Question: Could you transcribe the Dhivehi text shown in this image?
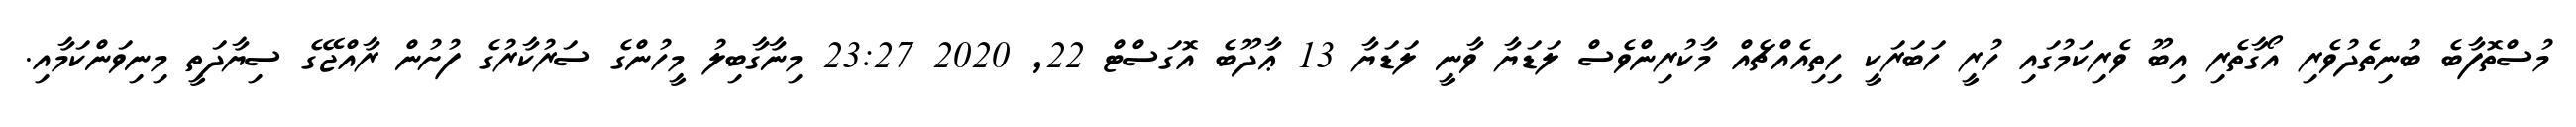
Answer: މުސްތޮފާބެ ބުނިތެދުވެރި އޯގާތެރި އިބޫ ވެރިކަމުގައި ހުރީ ހަބަރަކީ ހިތިއެއްޗެއް މާކުރިންވެސް ލަޑަޔާ ވާނީ ލަޑަޔާ 13 ޢާދޫބެ އޮގަސްޓް 22, 2020 23:27 މިނާގާބިލު މީހުންގެ ސަރުކާރުގެ ފުށުން ރާއްޖޭގެ ސިޔާދަތީ މިނިވަންކަމާއި.